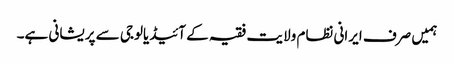
ہمیں صرف ایرانی نظام ولایت فقیہ کے آئیڈیالوجی سے پریشانی ہے۔